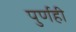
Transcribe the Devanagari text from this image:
पुर्णही